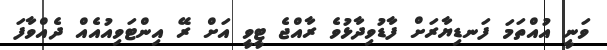
ވަނީ އުއްތަމަ ފަނޑިޔާރަށް ފާޑުވިދާޅުވެ ރާއްޖެ ޓީވީ އަށް ރޭ އިންޓަވިއުއެއް ދެއްވާފަ